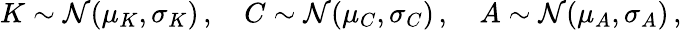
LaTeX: \begin{array}{r}{K\sim\mathcal{N}(\mu_{K},\sigma_{K})\, ,\quad C\sim\mathcal{N}(\mu_{C},\sigma_{C})\, ,\quad A\sim\mathcal{N}(\mu_{A},\sigma_{A})\, ,}\end{array}